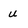
Character: u